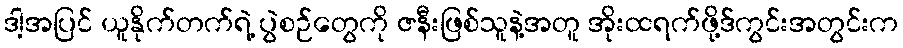
ဒါ့အပြင် ယူနိုက်တက်ရဲ့ ပွဲစဉ်တွေကို ဇနီးဖြစ်သူနဲ့အတူ အိုးထရက်ဖို့ဒ်ကွင်းအတွင်းက